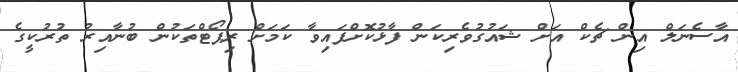
އާސެނަލް އިން ޗެކް އަށް ޝައުގުވެރިކަން ފާޅުކޮށްފައިވާ ކަމަށް ރިޕޯޓްތަކުން ބުނާއިރު ތުރުކީގެ